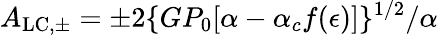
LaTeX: A_{\mathrm{LC,\pm}}=\pm 2\{ GP_{0}[\alpha-\alpha_{c}f(\epsilon)]\} ^{1/2}/\alpha